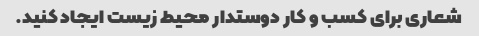
شعاری برای کسب و کار دوستدار محیط زیست ایجاد کنید.